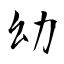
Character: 幼